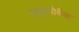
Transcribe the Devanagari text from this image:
एक्सपोबैंक